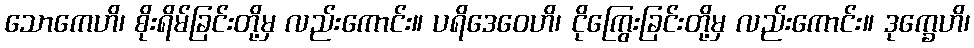
သောကေဟိ၊ စိုးရိမ်ခြင်းတို့မှ လည်းကောင်း။ ပရိဒေဝေဟိ၊ ငိုကြွေးခြင်းတို့မှ လည်းကောင်း။ ဒုက္ခေဟိ၊